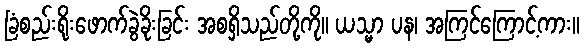
ခြံစည်းရိုးဖောက်ခွဲခိုးခြင်း အစရှိသည်တို့ကို။ ယသ္မာ ပန၊ အကြင်ကြောင့်ကား။